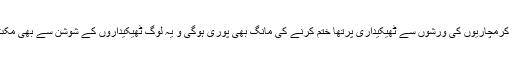
اس سے صفائی کرمچاریوں کی ورشوں سے ٹھیکیداری پرتھا ختم کرنے کی مانگ بھی پوری ہوگی و یہ لوگ ٹھیکیداروں کے شوشن سے بھی مکت ہو جائیں گے۔